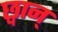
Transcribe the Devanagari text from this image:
छ्वान्